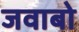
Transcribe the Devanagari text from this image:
जवाबो